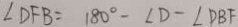
\angle D F B = 1 8 0 ^ { \circ } - \angle D - \angle D B F